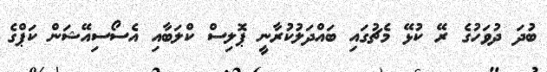
ބުދަ ދުވަހުގެ ރޭ ކުޅޭ މެޗުގައި ބައްދަލުކުރާނީ ޕޮލިސް ކްލަބާއި އެސޯސިއޭޝަން ކަޕްގެ